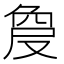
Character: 𠭠